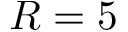
R = 5